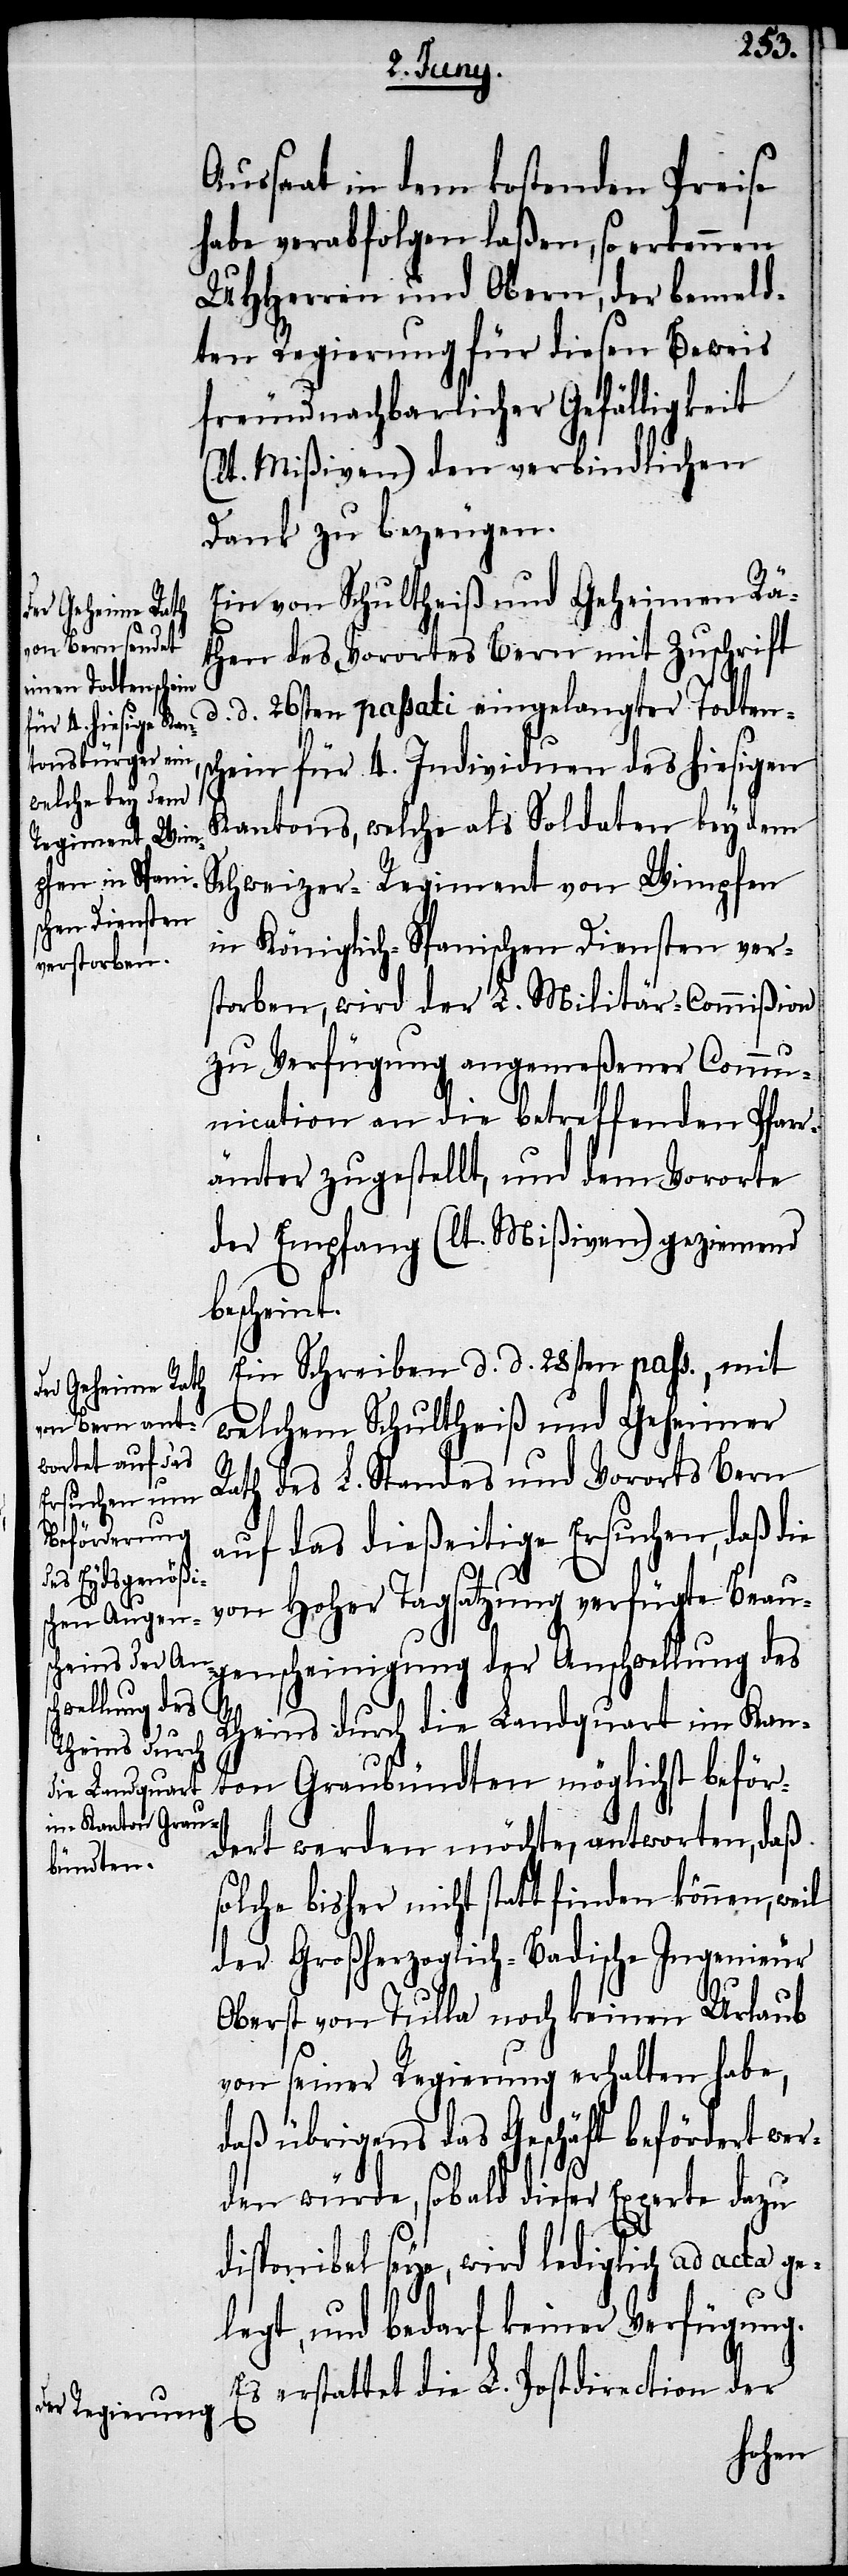
Aus¬
saat in dem kostenden Preise
habe verabfolgen laßen, so erkennen
UHHerren und Obern, der bemeld¬
ten Regierung für diesen Beweis
freundnachbarlicher Gefälligkeit
(lt. Mißiven) den verbindlichen
Dank zu bezeugen.
Ein von Schultheiß und Geheimen Rä¬
then des Vorortes Bern mit Zuschrift
d. 26sten passati eingelangter Todtens¬
chein für 4. Individuen des hiesigen
Kantons, welche als Soldaten bey dem
Schweizer-Regiment von Wimpfen
in Königlich-Spanischen Diensten ver¬
starben, wird der L. Militär-Commißion
zu Verfügung angemeßener Commu¬
nication an die betreffenden Pfarr¬
ämter zugestellt, und dem Vororte
der Empfang (lt. Mißiven) geziemend
bescheint.
Ein Schreiben d. d. 28sten pass., mit
welchem Schultheiß und Geheimer
Rath des L. Standes und Vororts Bern
auf das dießeitige Ersuchen, daß die
von Hoher Tagsatzung verfügte Beau¬
genscheinigung der Anschwellung des
Rheins durch die Landquart im Kan¬
ton Graubündten möglichst beför¬
dert werden möchte, antworten, daß
solche bisher nicht statt finden können, weil
der Großherzoglich-Badische Ingenieur
Oberst von Tulla noch keinen Urlaub
von seiner Regierung erhalten habe,
daß übrigens das Geschäft befördert wer¬
den würde, sobald dieser Experte dazu
disponibel seye, wird lediglich ad acta ge¬
legt, und bedarf keiner Verfügung.
Es erstattet die L. Postdirection der